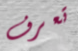
تعرف